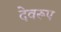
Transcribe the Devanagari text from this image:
देवरूप